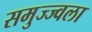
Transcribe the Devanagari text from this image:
समुज्ज्वला